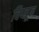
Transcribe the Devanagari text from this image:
चिप्लून